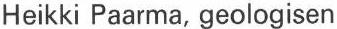
Heikki Paarma, geologisen